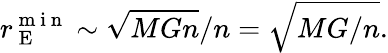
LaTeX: r_{\mathrm{~E~}}^{\mathrm{~m~i~n~}}\sim\sqrt{MGn}/n=\sqrt{MG/n}.